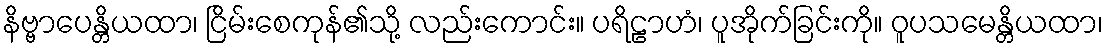
နိဗ္ဗာပေန္တိယထာ၊ ငြိမ်းစေကုန်၏သို့ လည်းကောင်း။ ပရိဠာဟံ၊ ပူအိုက်ခြင်းကို။ ဝူပသမေန္တိယထာ၊